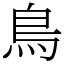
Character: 鳥